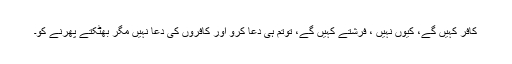
کافر کہیں گے، کیوں نہیں ، فرشتے کہیں گے، توتم ہی دعا کرو اور کافروں کی دعا نہیں مگر بھٹکتے پھرنے کو۔